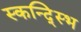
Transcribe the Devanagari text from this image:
स्कन्द्स्भि